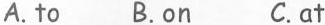
A.to B.on C.at